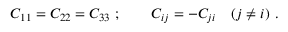
C _ { 1 1 } = C _ { 2 2 } = C _ { 3 3 } ~ ; \qquad C _ { i j } = - C _ { j i } \quad ( j \neq i ) ~ .